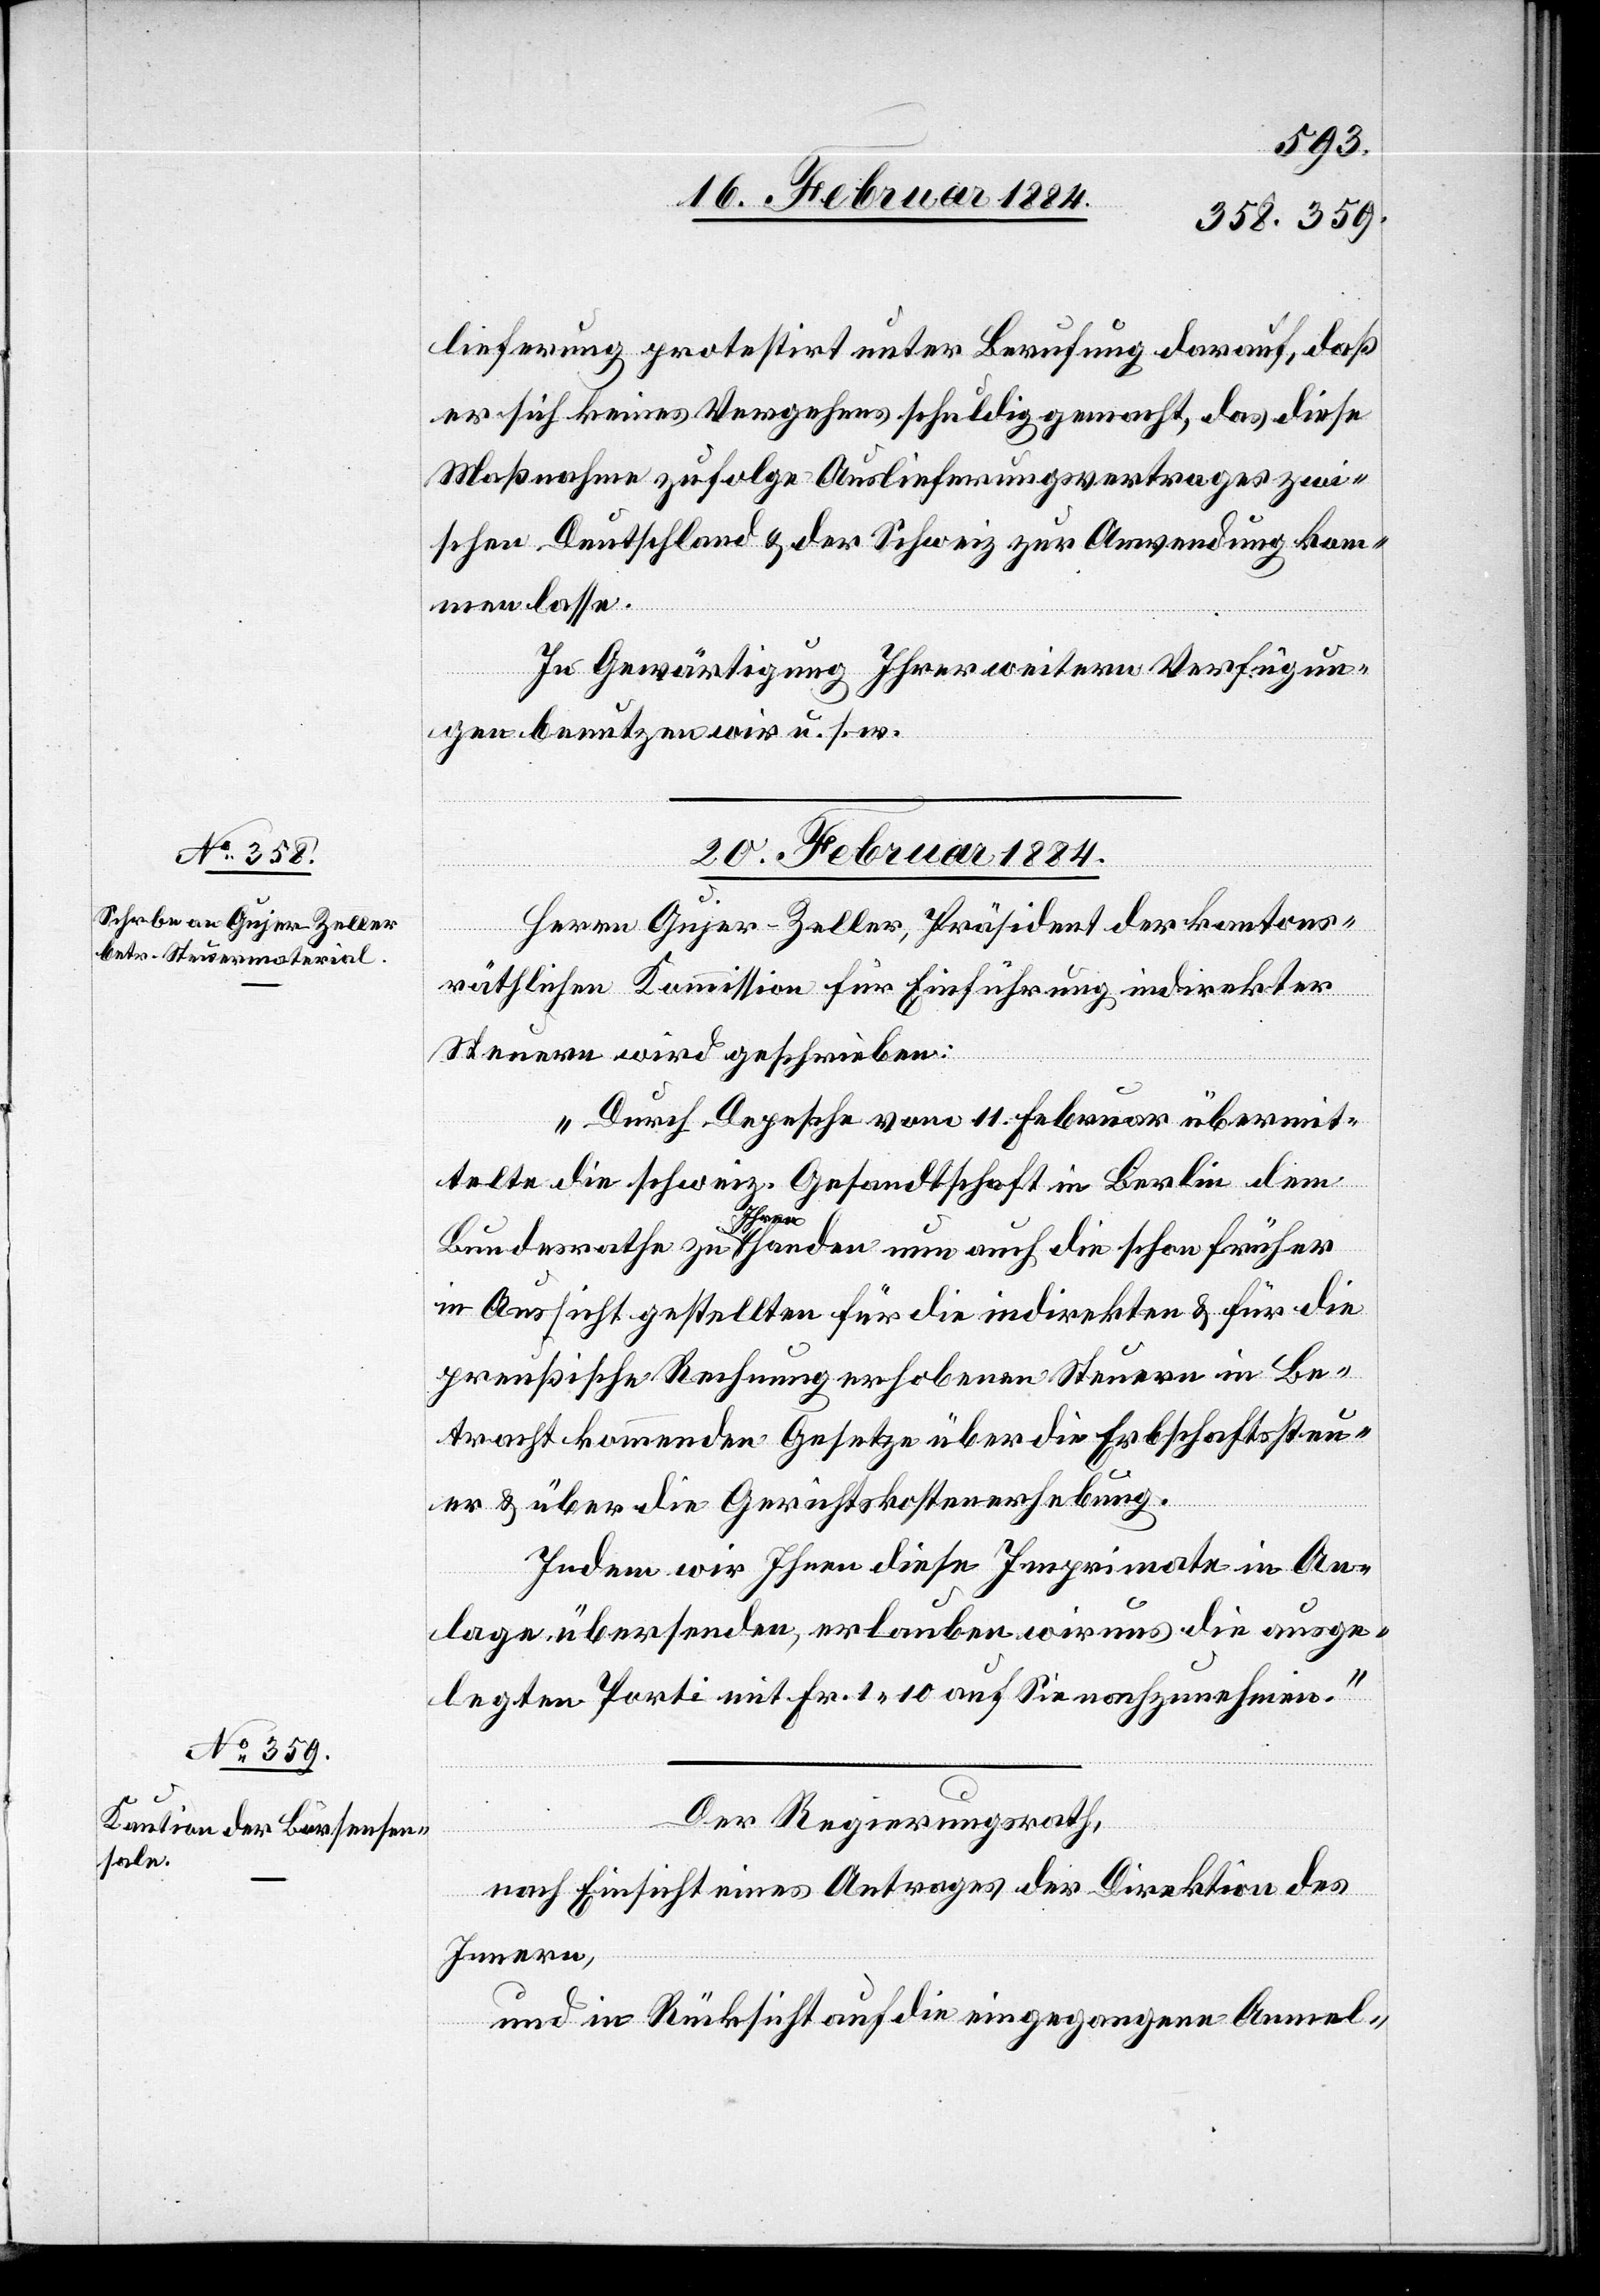
lieferung protestirt unter Berufung darauf, daß
er sich keines Vergehens schuldig gemacht, daß diese
Maßnahme zufolge Auslieferungsvertrages zwi¬
schen Deutschland & der Schweiz zur Anwendung kom¬
men lasse.
In Gewärtigung Ihrer weitern Verfügun¬
gen benutzen wir u. s. w.“
20. Februar 1884.]
Herrn Gujer-Zeller, Präsident der kantons¬
räthlichen Kommission für Einführung indirekter
Steuern wird geschrieben:
„Durch Depesche vom 11. Februar übermit¬
telte die schweiz. Gesandtschaft in Berlin dem
Bundesrathe zu Ihren Handen nun auch die schon früher
in Aussicht gestellten für die indirekten & für die
preußische Rechnung erhobenen Steuern in Be¬
tracht kommenden Gesetze über die Erbschaftssteu¬
er & über die Gerichtskostenerhebung.
Indem wir Ihnen diese Imprimate in An¬
lage übersenden, erlauben wir uns die ausge¬
legten Porti mit Fr. 1 10 auf Sie nachzunehmen.“
Der Regierungsrath,
nach Einsicht eines Antrages der Direktion des
Innern,
und in Rücksicht auf die eingegangene Anmel-